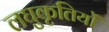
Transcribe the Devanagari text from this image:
लघुकृतियों